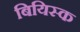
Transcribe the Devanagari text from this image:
बियिस्क